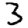
Digit: 3